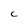
Character: C